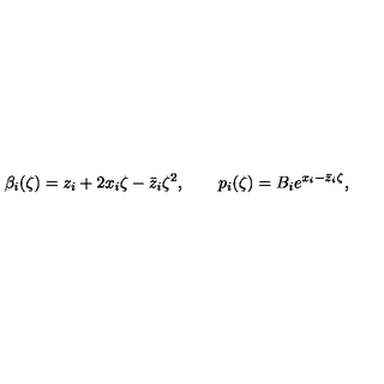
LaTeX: \beta _ { i } ( \zeta ) = z _ { i } + 2 x _ { i } \zeta - \bar { z } _ { i } \zeta ^ { 2 } , \qquad p _ { i } ( \zeta ) = B _ { i } e ^ { x _ { i } - \bar { z } _ { i } \zeta } ,